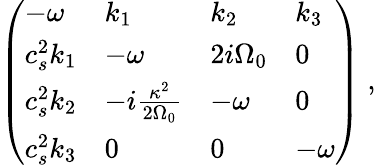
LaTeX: \left(\begin{array}{llll}{-{\omega}}&{k_{1}}&{k_{2}}&{k_{3}}\\ {c_{s}^{2}k_{1}}&{-{\omega}}&{2i{\Omega}_{0}}&{0}\\ {c_{s}^{2}k_{2}}&{-i\frac{\kappa^{2}}{2{\Omega}_{0}}}&{-{\omega}}&{0}\\ {c_{s}^{2}k_{3}}&{0}&{0}&{-{\omega}}\end{array}\right)\; ,